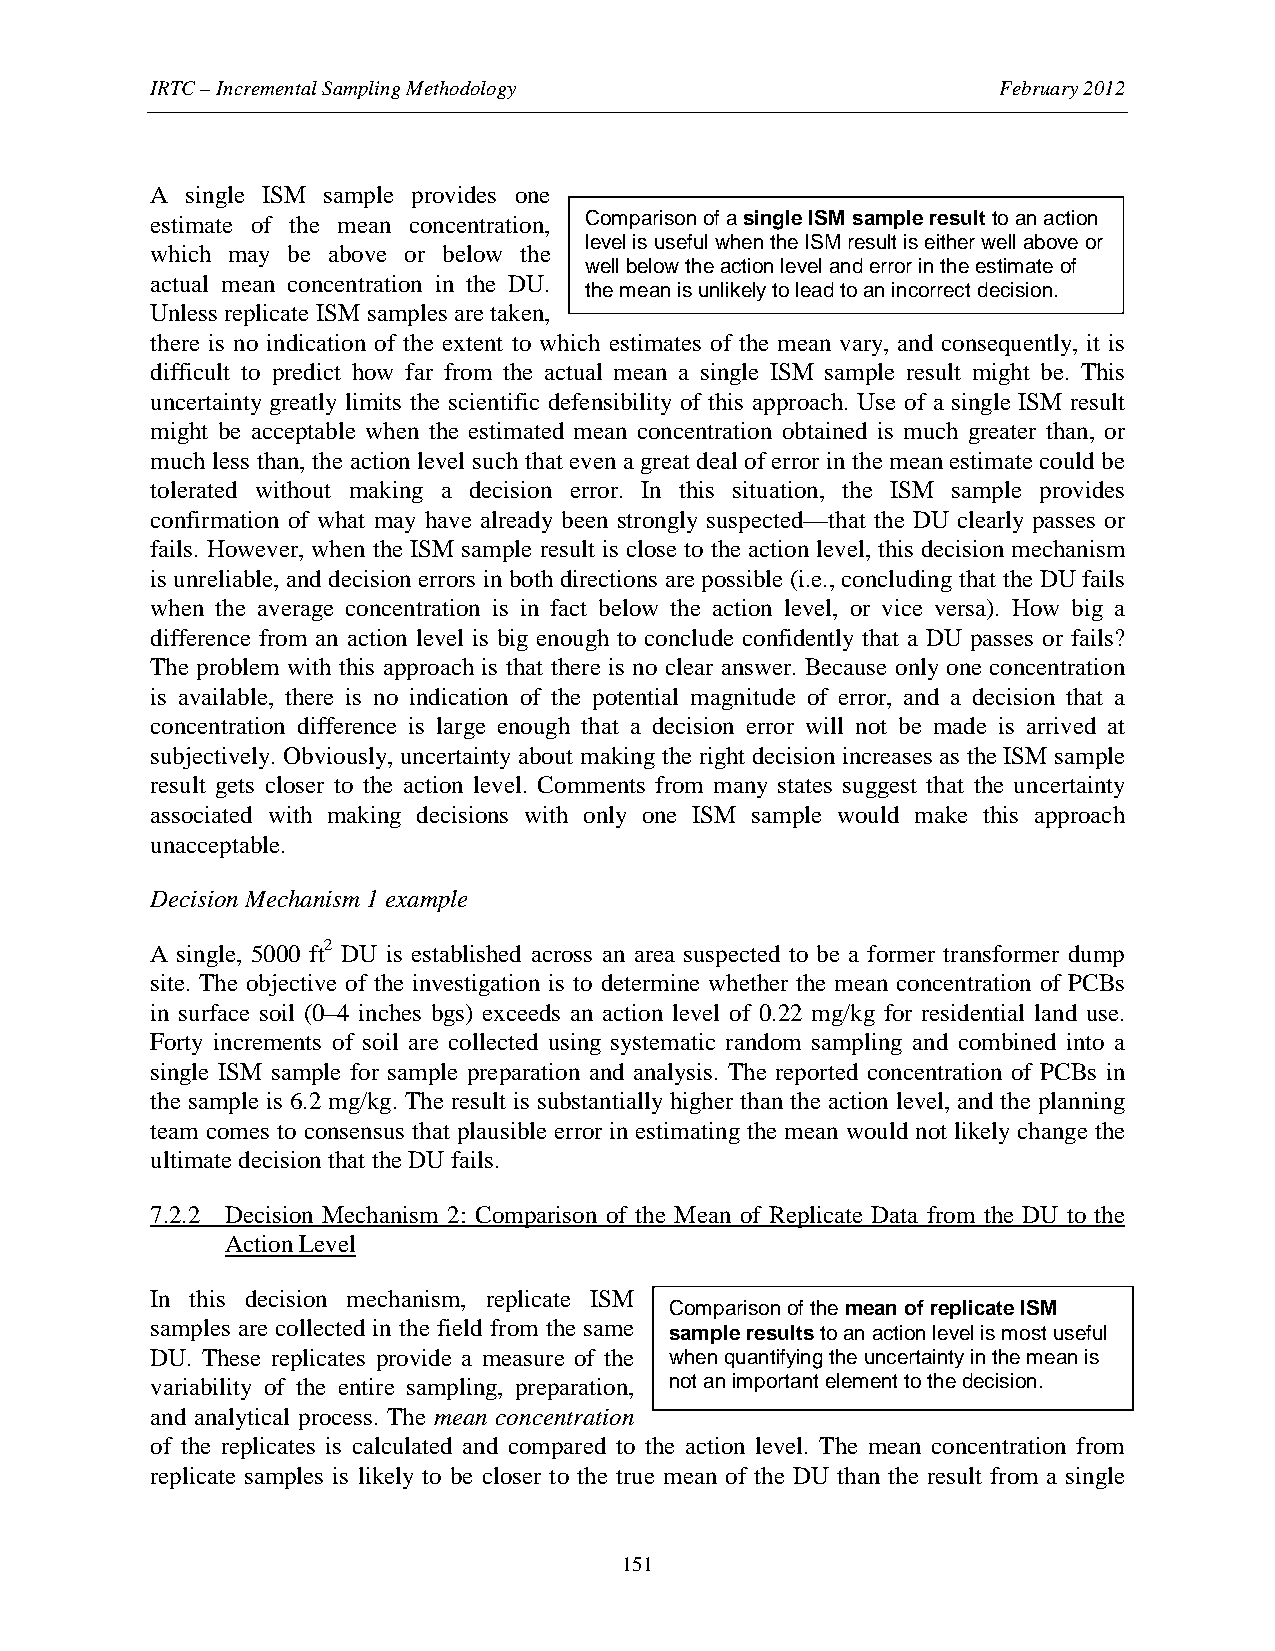
IRTC – Incremental Sampling Methodology                 February 2012
 A single ISM sample provides one
 estimate of the mean concentration, Comparison of a single ISM sample result to an action
 level is useful when the ISM result is either well above or
 which may be above or below the
 well below the action level and error in the estimate of
 actual mean concentration in the DU.
 the mean is unlikely to lead to an incorrect decision.
 Unless replicate ISM samples are taken,
 there is no indication of the extent to which estimates of the mean vary, and consequently, it is
 difficult to predict how far from the actual mean a single ISM sample result might be. This
 uncertainty greatly limits the scientific defensibility of this approach. Use of a single ISM result
 might be acceptable when the estimated mean concentration obtained is much greater than, or
 much less than, the action level such that even a great deal of error in the mean estimate could be
 tolerated without making a decision error. In this situation, the ISM sample provides
 confirmation of what may have already been strongly suspected—that the DU clearly passes or
 fails. However, when the ISM sample result is close to the action level, this decision mechanism
 is unreliable, and decision errors in both directions are possible (i.e., concluding that the DU fails
 when the average concentration is in fact below the action level, or vice versa). How big a
 difference from an action level is big enough to conclude confidently that a DU passes or fails?
 The problem with this approach is that there is no clear answer. Because only one concentration
 is available, there is no indication of the potential magnitude of error, and a decision that a
 concentration difference is large enough that a decision error will not be made is arrived at
 subjectively. Obviously, uncertainty about making the right decision increases as the ISM sample
 result gets closer to the action level. Comments from many states suggest that the uncertainty
 associated with making decisions with only one ISM sample would make this approach
 unacceptable.
 Decision Mechanism 1 example
 A single, 5000 ft2 DU is established across an area suspected to be a former transformer dump
 site. The objective of the investigation is to determine whether the mean concentration of PCBs
 in surface soil (0–4 inches bgs) exceeds an action level of 0.22 mg/kg for residential land use.
 Forty increments of soil are collected using systematic random sampling and combined into a
 single ISM sample for sample preparation and analysis. The reported concentration of PCBs in
 the sample is 6.2 mg/kg. The result is substantially higher than the action level, and the planning
 team comes to consensus that plausible error in estimating the mean would not likely change the
 ultimate decision that the DU fails.
 7.2.2 Decision Mechanism 2: Comparison of the Mean of Replicate Data from the DU to the
 Action Level
 In this decision mechanism, replicate ISM
 Comparison of the mean of replicate ISM
 samples are collected in the field from the same
 sample results to an action level is most useful
 DU. These replicates provide a measure of the when quantifying the uncertainty in the mean is
 variability of the entire sampling, preparation, not an important element to the decision.
 and analytical process. The mean concentration
 of the replicates is calculated and compared to the action level. The mean concentration from
 replicate samples is likely to be closer to the true mean of the DU than the result from a single
 151